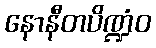
နောနီတပိဏ္ဍံဝ